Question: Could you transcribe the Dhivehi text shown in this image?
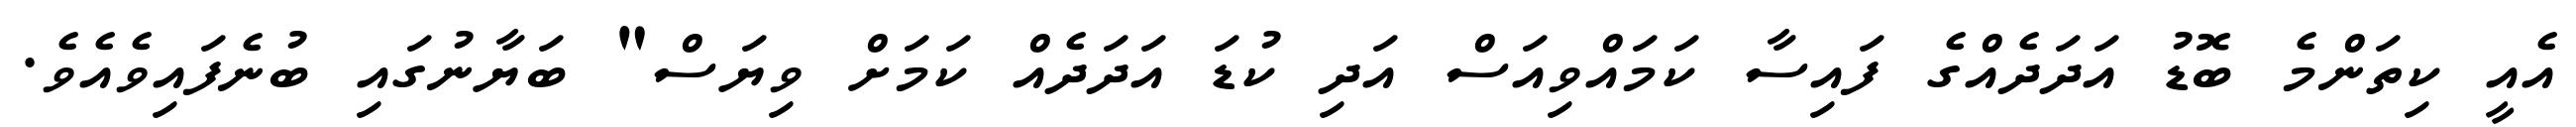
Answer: އެއީ ކިތަންމެ ބޮޑު އަދަދެއްގެ ފައިސާ ކަމައްވިއަސް އަދި ކުޑަ އަދަދެއް ކަމަށް ވިޔަސް" ބަޔާނުގައި ބުނެފައިވެއެވެ.